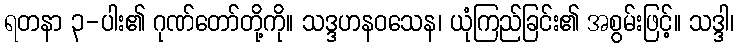
ရတနာ ၃-ပါး၏ ဂုဏ်တော်တို့ကို။ သဒ္ဒဟနဝသေန၊ ယုံကြည်ခြင်း၏ အစွမ်းဖြင့်။ သဒ္ဒါ၊